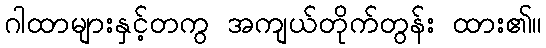
ဂါထာများနှင့်တကွ အကျယ်တိုက်တွန်း ထား၏။